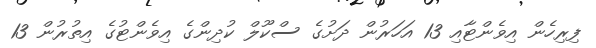
ފިރިހެން އިވެންޓާއި 13 އަހަރުން ދަށުގެ ސްކޫލް ކުދިންގެ އިވެންޓުގެ އިތުރުން 13